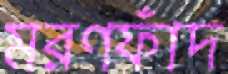
মরণফাঁদ